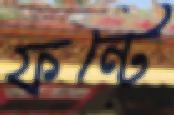
ফন্টে